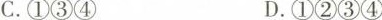
C.①③④ D.①②③④